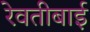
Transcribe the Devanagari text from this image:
रेवतीबाई